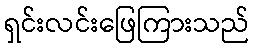
ရှင်းလင်းဖြေကြားသည်